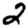
Digit: 2